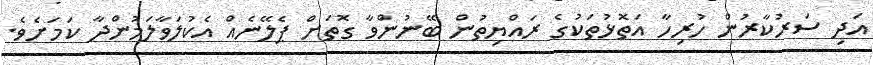
އަދި ސަރުކާރުން ހުރިހާ އަތޮޅުތަކުގެ ރައްޔިތުން ބޭނުންވާ ގޮތަށް ޕެލޭނެއް އެކުލަވާލަމުންދާ ކަމަށެވެ.